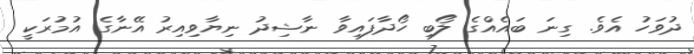
ދުވަހު އެވެ. ގިނަ ބައެއްގެ ލޯބި ހޯދާފައިވާ ނާޝިދު ނިޔާވިއިރު އޭނާގެ އުމުރަކީ